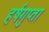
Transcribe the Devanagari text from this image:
हर्षगुप्ता